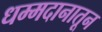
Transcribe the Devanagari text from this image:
धम्मदानातून